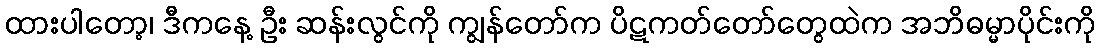
ထားပါတော့၊ ဒီကနေ့ ဦး ဆန်းလွင်ကို ကျွန်တော်က ပိဋကတ်တော်တွေထဲက အဘိဓမ္မာပိုင်းကို